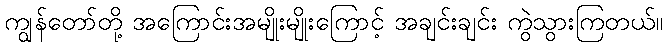
ကျွန်တော်တို့ အကြောင်းအမျိုးမျိုးကြောင့် အချင်းချင်း ကွဲသွားကြတယ်။